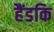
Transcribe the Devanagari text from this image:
हैंडकि